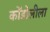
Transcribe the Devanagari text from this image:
कोंडोलीला